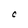
Character: C